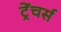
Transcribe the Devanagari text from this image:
ट्रेंचर्स